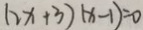
( 2 x + 3 ) ( x - 1 ) = 0